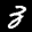
Label: 3